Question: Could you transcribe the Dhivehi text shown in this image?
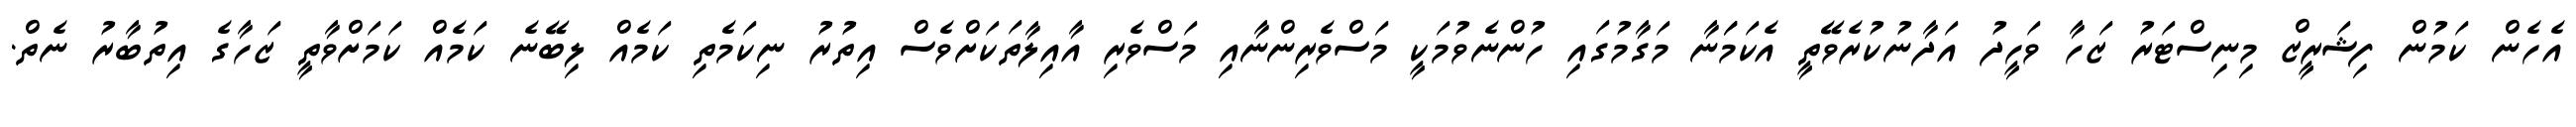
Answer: އެހެން ކަމުން ފިޝަރީޒް މިނިސްޓަރު ޒަހާ ވަހީދު އަދާނުކުރެވޭތީ އެކަމަަނާ މަގާމުގައި ހުންނެވުމަކީ މަސްވެރިންނާއި މަސްވެރި އާއިލާތަކަށްވެސް އިތުރު ނިކަމެތި ކަމެއް ލިބޭނެ ކަމެއް ކަމަށްވާތީ ޒަހާގެ އިތުބާރު ނެތް.